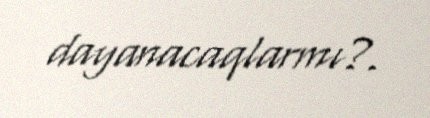
dayanacaqlarmı?.